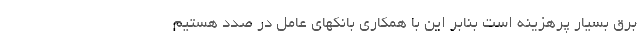
برق بسیار پرهزینه است بنابر این با همکاری بانکهای عامل در صدد هستیم